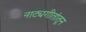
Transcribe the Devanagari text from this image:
नाट्यगीतांतून